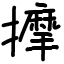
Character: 擵